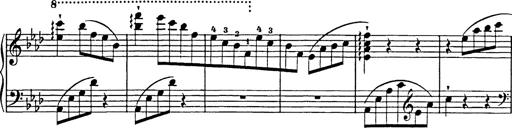
Title: Feuilles d'Album
Composer: Percy Godfrey